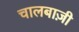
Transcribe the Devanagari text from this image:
चालबाज़ी